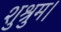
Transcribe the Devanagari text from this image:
शुश्रुम।